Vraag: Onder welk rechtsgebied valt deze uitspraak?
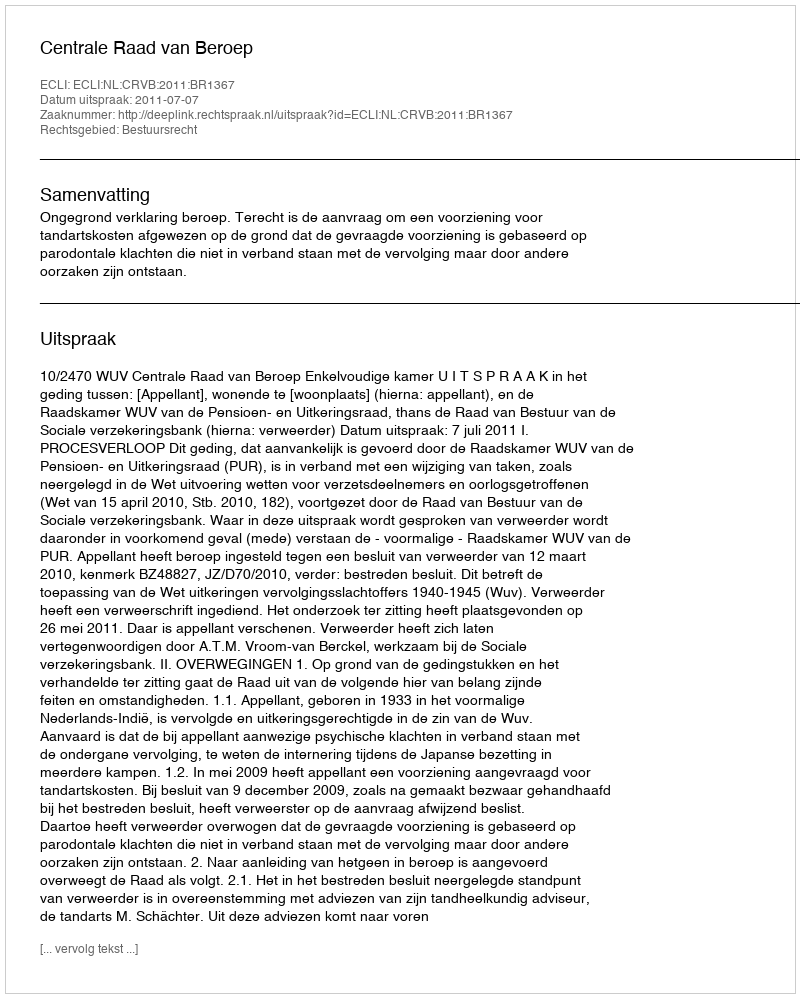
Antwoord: Bestuursrecht